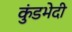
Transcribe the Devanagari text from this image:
कुंडभेदी